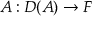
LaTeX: A : D ( A ) \to F